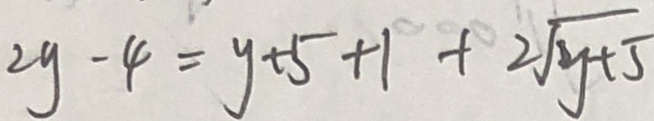
2 y - 4 = y + 5 + 1 + 2 \sqrt { y + 5 }